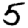
Digit: 5